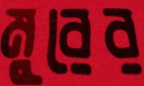
মুরের